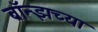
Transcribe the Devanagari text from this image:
ब्रॉन्झच्या